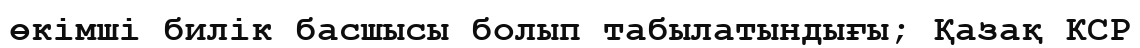
өкімші билік басшысы болып табылатындығы; Қазақ КСР